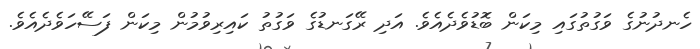
ހެނދުނުގެ ވަގުތުގައި މިކަން ބޮޑުވެދެއެވެ. އަދި ރޭގަނޑުގެ ވަގުތު ކައިރިވުމުން މިކަން ފަސޭހަވެދެއެވެ.